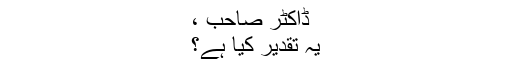
ڈاکٹر صاحب ،
یہ تقدیر کیا ہے؟